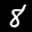
Label: 8